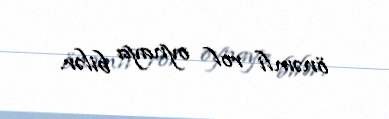
önəmli rol oynaya bilər.